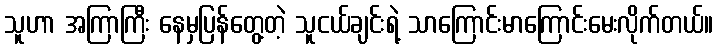
သူဟာ အကြာကြီး နေမှပြန်တွေ့တဲ့ သူငယ်ချင်းရဲ့ သာကြောင်းမာကြောင်းမေးလိုက်တယ်။